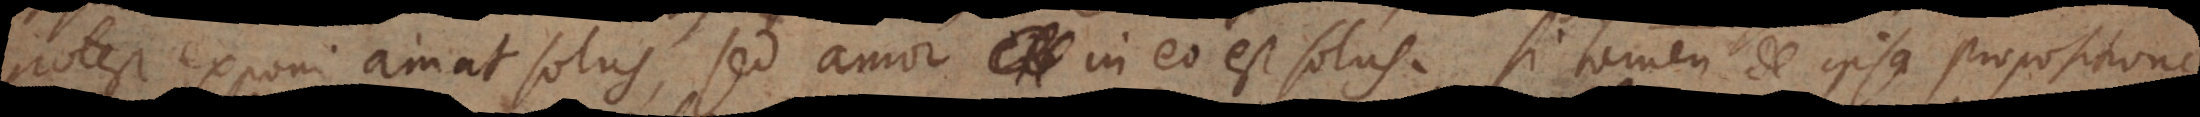
potest exponi amat solus, sed amor in eo est solus. Si tamen de ipsa propositione